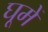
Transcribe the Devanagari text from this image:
घूमें